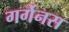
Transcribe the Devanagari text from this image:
गर्गेनस